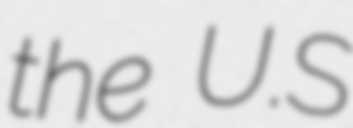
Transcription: the U.S